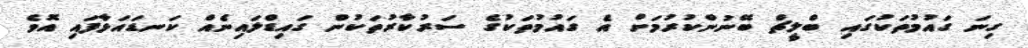
ގިނަ ގައުމުތަކުގައި ބްލީޗް ބޭނުންކުރުމަށް އެ ގައުމުތަކުގެ ސަރުކާރުތަކުން ގައިޑްލައިނެއް ކަނޑައަޅާފައި އޮވެ